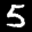
Label: 5